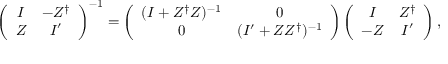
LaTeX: \left( \begin{array} { c c } { { I } } & { { - Z ^ { \dag } } } \\ { { Z } } & { { I ^ { \prime } } } \end{array} \right) ^ { - 1 } = \left( \begin{array} { c c } { { ( I + Z ^ { \dag } Z ) ^ { - 1 } } } & { { 0 } } \\ { { 0 } } & { { ( I ^ { \prime } + Z Z ^ { \dag } ) ^ { - 1 } } } \end{array} \right) \left( \begin{array} { c c } { { I } } & { { Z ^ { \dag } } } \\ { { - Z } } & { { I ^ { \prime } } } \end{array} \right) ,